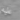
عليه